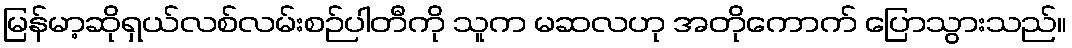
မြန်မာ့ဆိုရှယ်လစ်လမ်းစဉ်ပါတီကို သူက မဆလဟု အတိုကောက် ပြောသွားသည်။